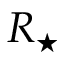
R _ { \star }